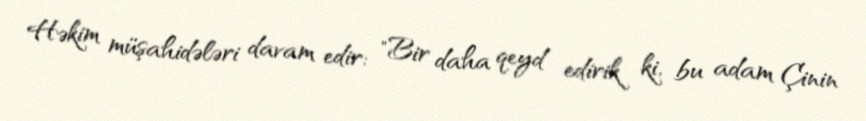
Həkim müşahidələri davam edir: "Bir daha qeyd edirik ki, bu adam Çinin